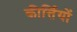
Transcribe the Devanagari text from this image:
कीर्त्तियों